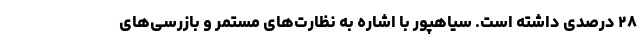
۲۸ درصدی داشته است. سیاهپور با اشاره به نظارت‌های مستمر و بازرسی‌های